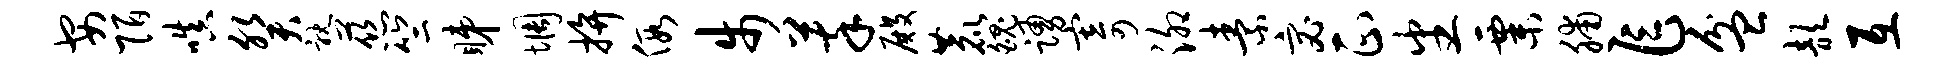
安陌嗔癸耽慈竺睇惆拚假步萃殿鹿魄踊寄泖素宓正番粟脯乍盆歆互